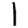
Digit: 1